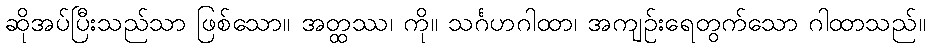
ဆိုအပ်ပြီးသည်သာ ဖြစ်သော။ အတ္ထဿ၊ ကို။ သင်္ဂဟဂါထာ၊ အကျဉ်းရေတွက်သော ဂါထာသည်။